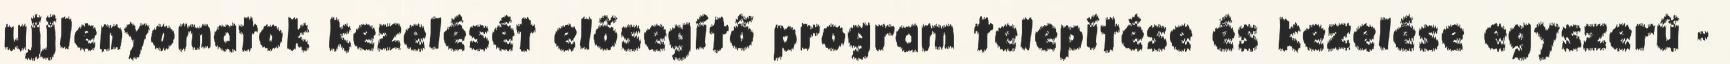
ujjlenyomatok kezelését elősegítő program telepítése és kezelése egyszerű -